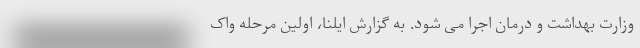
وزارت بهداشت و درمان اجرا می شود. به گزارش ایلنا، اولین مرحله واک